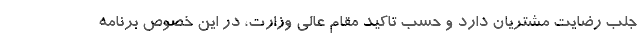
جلب رضایت مشتریان دارد و حسب تاکید مقام عالی وزارت، در این خصوص برنامه